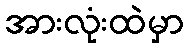
အားလုံးထဲမှာ